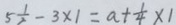
5 \frac { 1 } { 2 } - 3 \times 1 = a + \frac { 1 } { 4 } \times 1